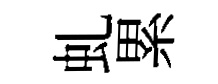
虬累